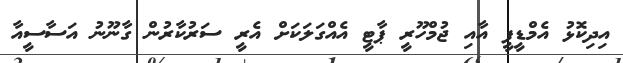
އިދިކޮޅު އެމްޑީޕީ އާއި ޖުމްހޫރީ ޕާޓީ އެއްގަލަކަށް އެރީ ސަރުކާރުން ގާނޫނު އަސާސީއާ